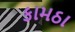
કામઠા